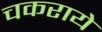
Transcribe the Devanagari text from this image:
चकराये